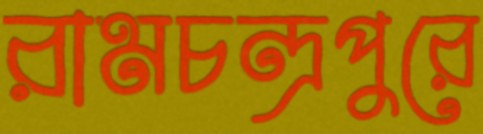
রামচন্দ্রপুরে